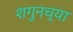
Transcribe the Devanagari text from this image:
शगुनच्या